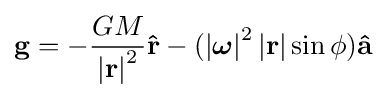
\mathbf {g} =-{\frac {GM}{\left|\mathbf {r} \right|^{2}}}\mathbf {\hat {r}} -(\left|{\boldsymbol {\omega }}\right|^{2}\left|\mathbf {r} \right|\sin \phi )\mathbf {\hat {a}} \,\!